Document type: Act of concord
Year: 1255
Scribe: Pere de Terme
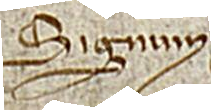
Signum